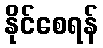
နိုင်စေရန်